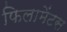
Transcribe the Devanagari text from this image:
फिलामेंटस